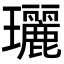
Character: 𤫟